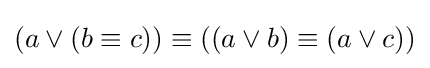
(a\lor (b\equiv c))\equiv ((a\lor b)\equiv (a\lor c))